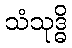
သံသုဒ္ဓိ